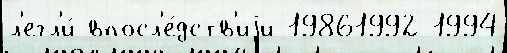
л'егл'и́ впосл'е́дств'иjи 19861992 1994